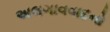
અલગાવવાદનો